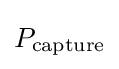
P_{\text{capture}}